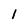
Character: 1